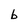
Character: b